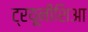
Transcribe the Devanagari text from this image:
ट्रयूनीशिआ